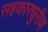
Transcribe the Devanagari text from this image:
सहकारधुरीण